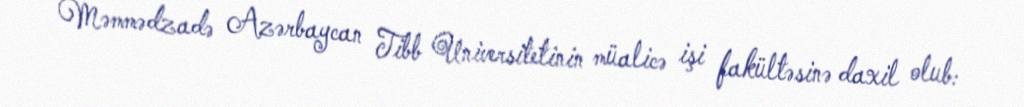
Məmmədzadə Azərbaycan Tibb Universitetinin müalicə işi fakültəsinə daxil olub: